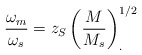
\begin{align*}\frac{\omega_m}{\omega_s}=z_S \left( \frac {M}{M_s}\right)^{1/2}_{.}\end{align*}